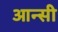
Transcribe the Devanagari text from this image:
आन्सी